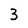
Character: 3